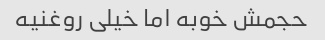
حجمش خوبه اما خیلی روغنیه